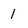
Character: 1